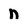
Character: n